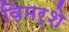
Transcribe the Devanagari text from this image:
विमर्शे